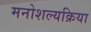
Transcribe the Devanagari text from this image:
मनोशल्यक्रिया